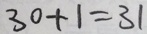
3 0 + 1 = 3 1